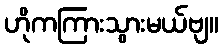
ဟိုကကြားသွားမယ်ဗျ။